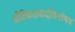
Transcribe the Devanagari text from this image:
भौतिकतावादीविश्लेषण